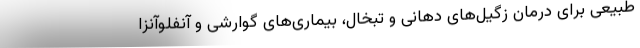
طبیعی برای درمان زگیل‌های دهانی و تبخال، بیماری‌های گوارشی و آنفلوآنزا